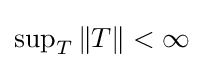
{\textstyle \sup _{T}\|T\|<\infty }